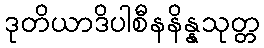
ဒုတိယာဒိပါစီနနိန္နသုတ္တ